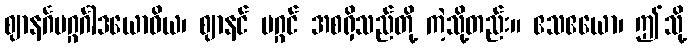
ဈာနင်္ဂမဂ္ဂင်္ဂါဒယောဝိယ၊ ဈာနင် မဂ္ဂင် အစရှိသည်တို့ ကဲ့သို့တည်း။ ဧသဧယော၊ ဤသို့